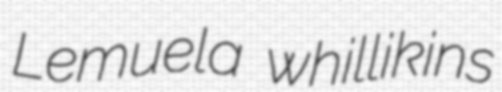
Lemuela whillikins